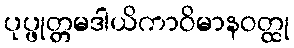
ပုပ္ဖုတ္တမဒါယိကာဝိမာနဝတ္ထု